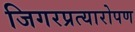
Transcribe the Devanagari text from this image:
जिगरप्रत्यारोपण